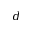
d